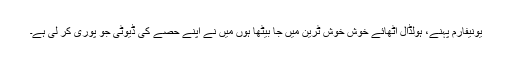
یونیفارم پہنے، ہولڈال اٹھائے خوش خوش ٹرین میں جا بیٹھا ہوں میں نے اپنے حصے کی ڈیوٹی جو پوری کر لی ہے۔